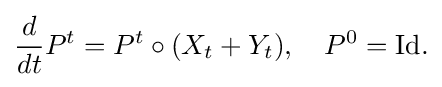
\displaystyle {{\frac {d}{dt}}P^{t}=P^{t}\circ (X_{t}+Y_{t}),\quad P^{0}=\mathrm {Id} .}